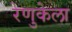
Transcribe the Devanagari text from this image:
रेणुकेला